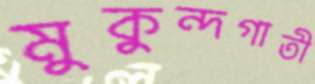
মুকুন্দগাতী